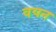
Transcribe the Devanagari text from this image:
वयन